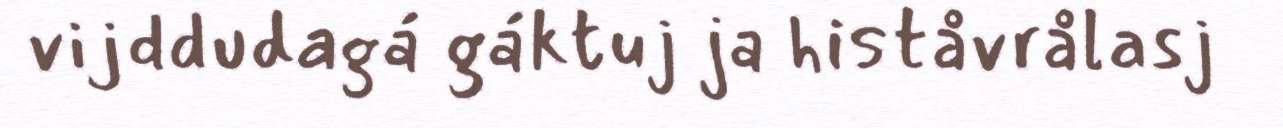
vijddudagá gáktuj ja histåvrålasj